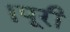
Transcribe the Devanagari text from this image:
।पूरी